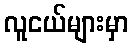
လူငယ်များမှာ